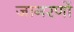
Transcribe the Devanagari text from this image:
जागरणों